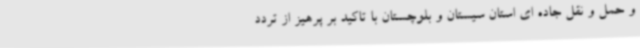
و حمل و نقل جاده ای استان سیستان و بلوچستان با تاکید بر پرهیز از تردد